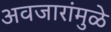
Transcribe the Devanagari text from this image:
अवजारांमुळे